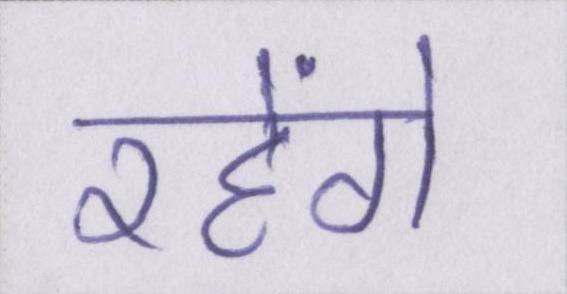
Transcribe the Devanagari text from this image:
रहेंगे